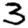
Digit: 3